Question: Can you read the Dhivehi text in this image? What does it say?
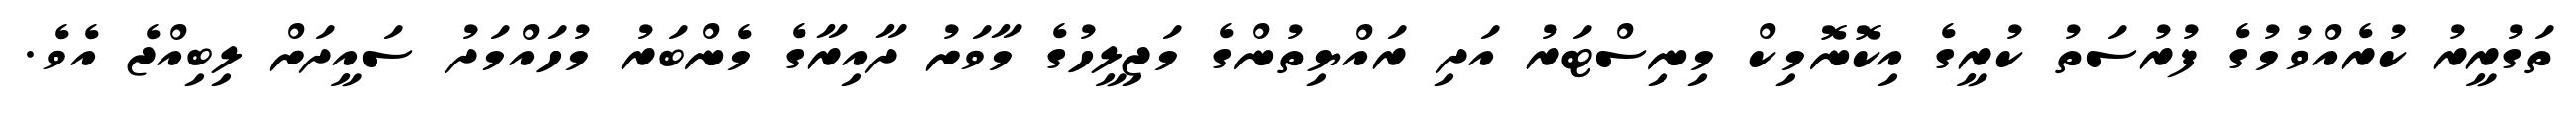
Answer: ތަގުރީރު ކުރެއްވުމުގެ ފުރުސަތު ކުރީގެ އިކޮނޮމިކް މިނިސްޓަރު އަދި ރައްޔިތުންގެ މަޖިލީހުގެ މާވަށު ދާއިރާގެ މެންބަރު މުހައްމަދު ސައީދަށް ލިބިއްޖެ އެވެ.